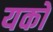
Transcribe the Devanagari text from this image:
यको